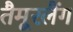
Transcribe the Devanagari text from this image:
तैमूरलैंग